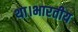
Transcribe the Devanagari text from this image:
था।भारतीय